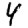
Digit: 4